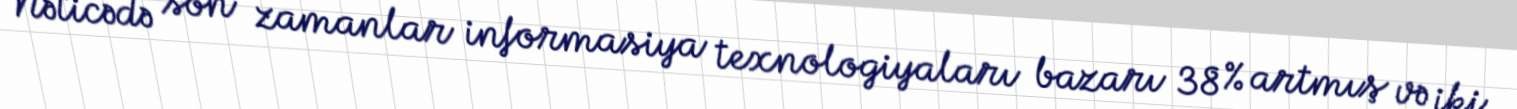
Nəticədə son zamanlar informasiya texnologiyaları bazarı 38 % artmış və iki